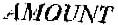
AMOUNT